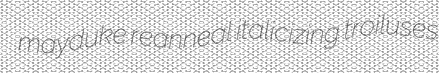
mayduke reanneal italicizing troiluses